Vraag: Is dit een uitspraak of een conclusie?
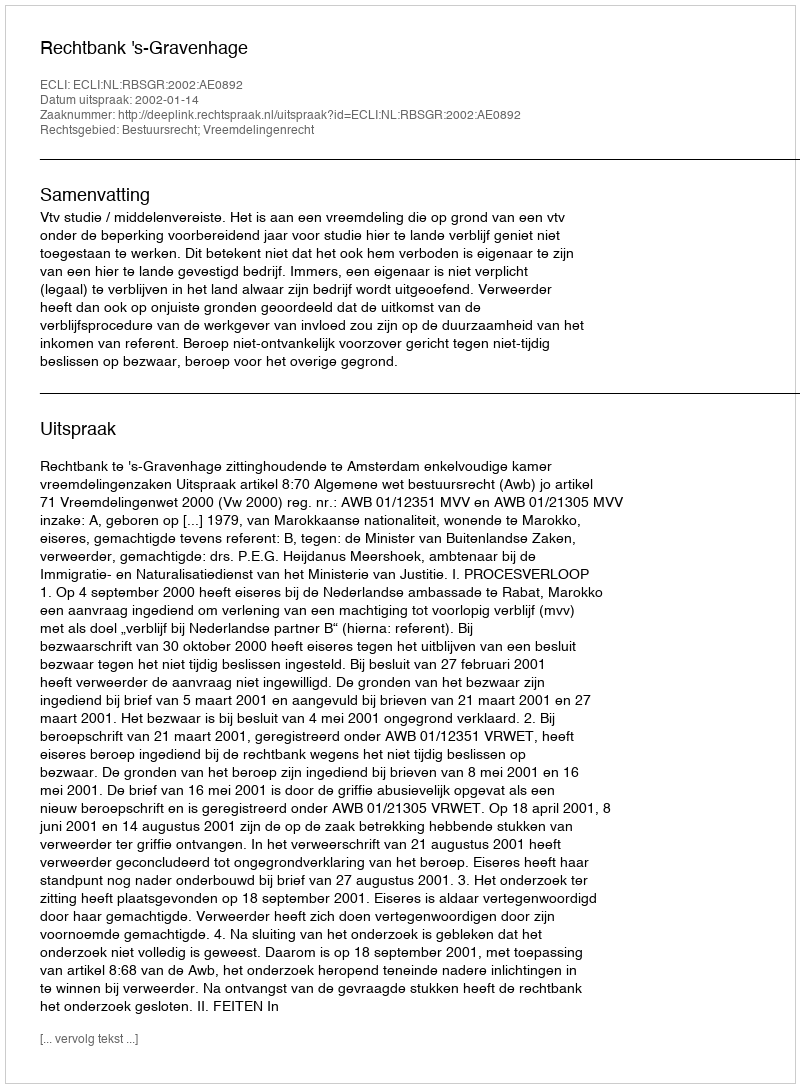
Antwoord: Uitspraak